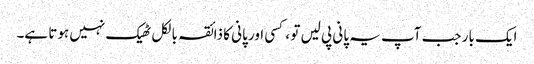
ایک بار جب آپ یہ پانی پی لیں تو ، کسی اور پانی کا ذائقہ بالکل ٹھیک نہیں ہوتا ہے۔